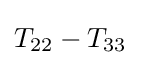
T_{22}-T_{33}